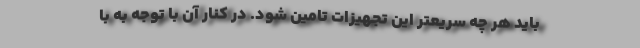
باید هر چه سریعتر این تجهیزات تامین شود. در کنار آن با توجه به با